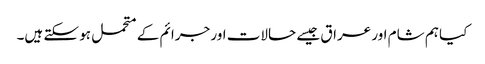
کیا ہم شام اور عراق جیسے حالات اور جرائم کے متحمل ہو سکتے ہیں۔